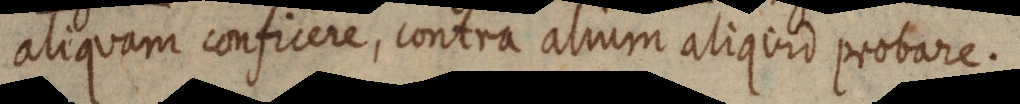
aliquam conficere, contra alium aliquid probare.